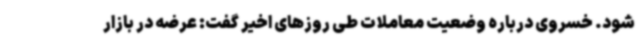
شود. خسروی درباره وضعیت معاملات طی روزهای اخیر گفت: عرضه در بازار